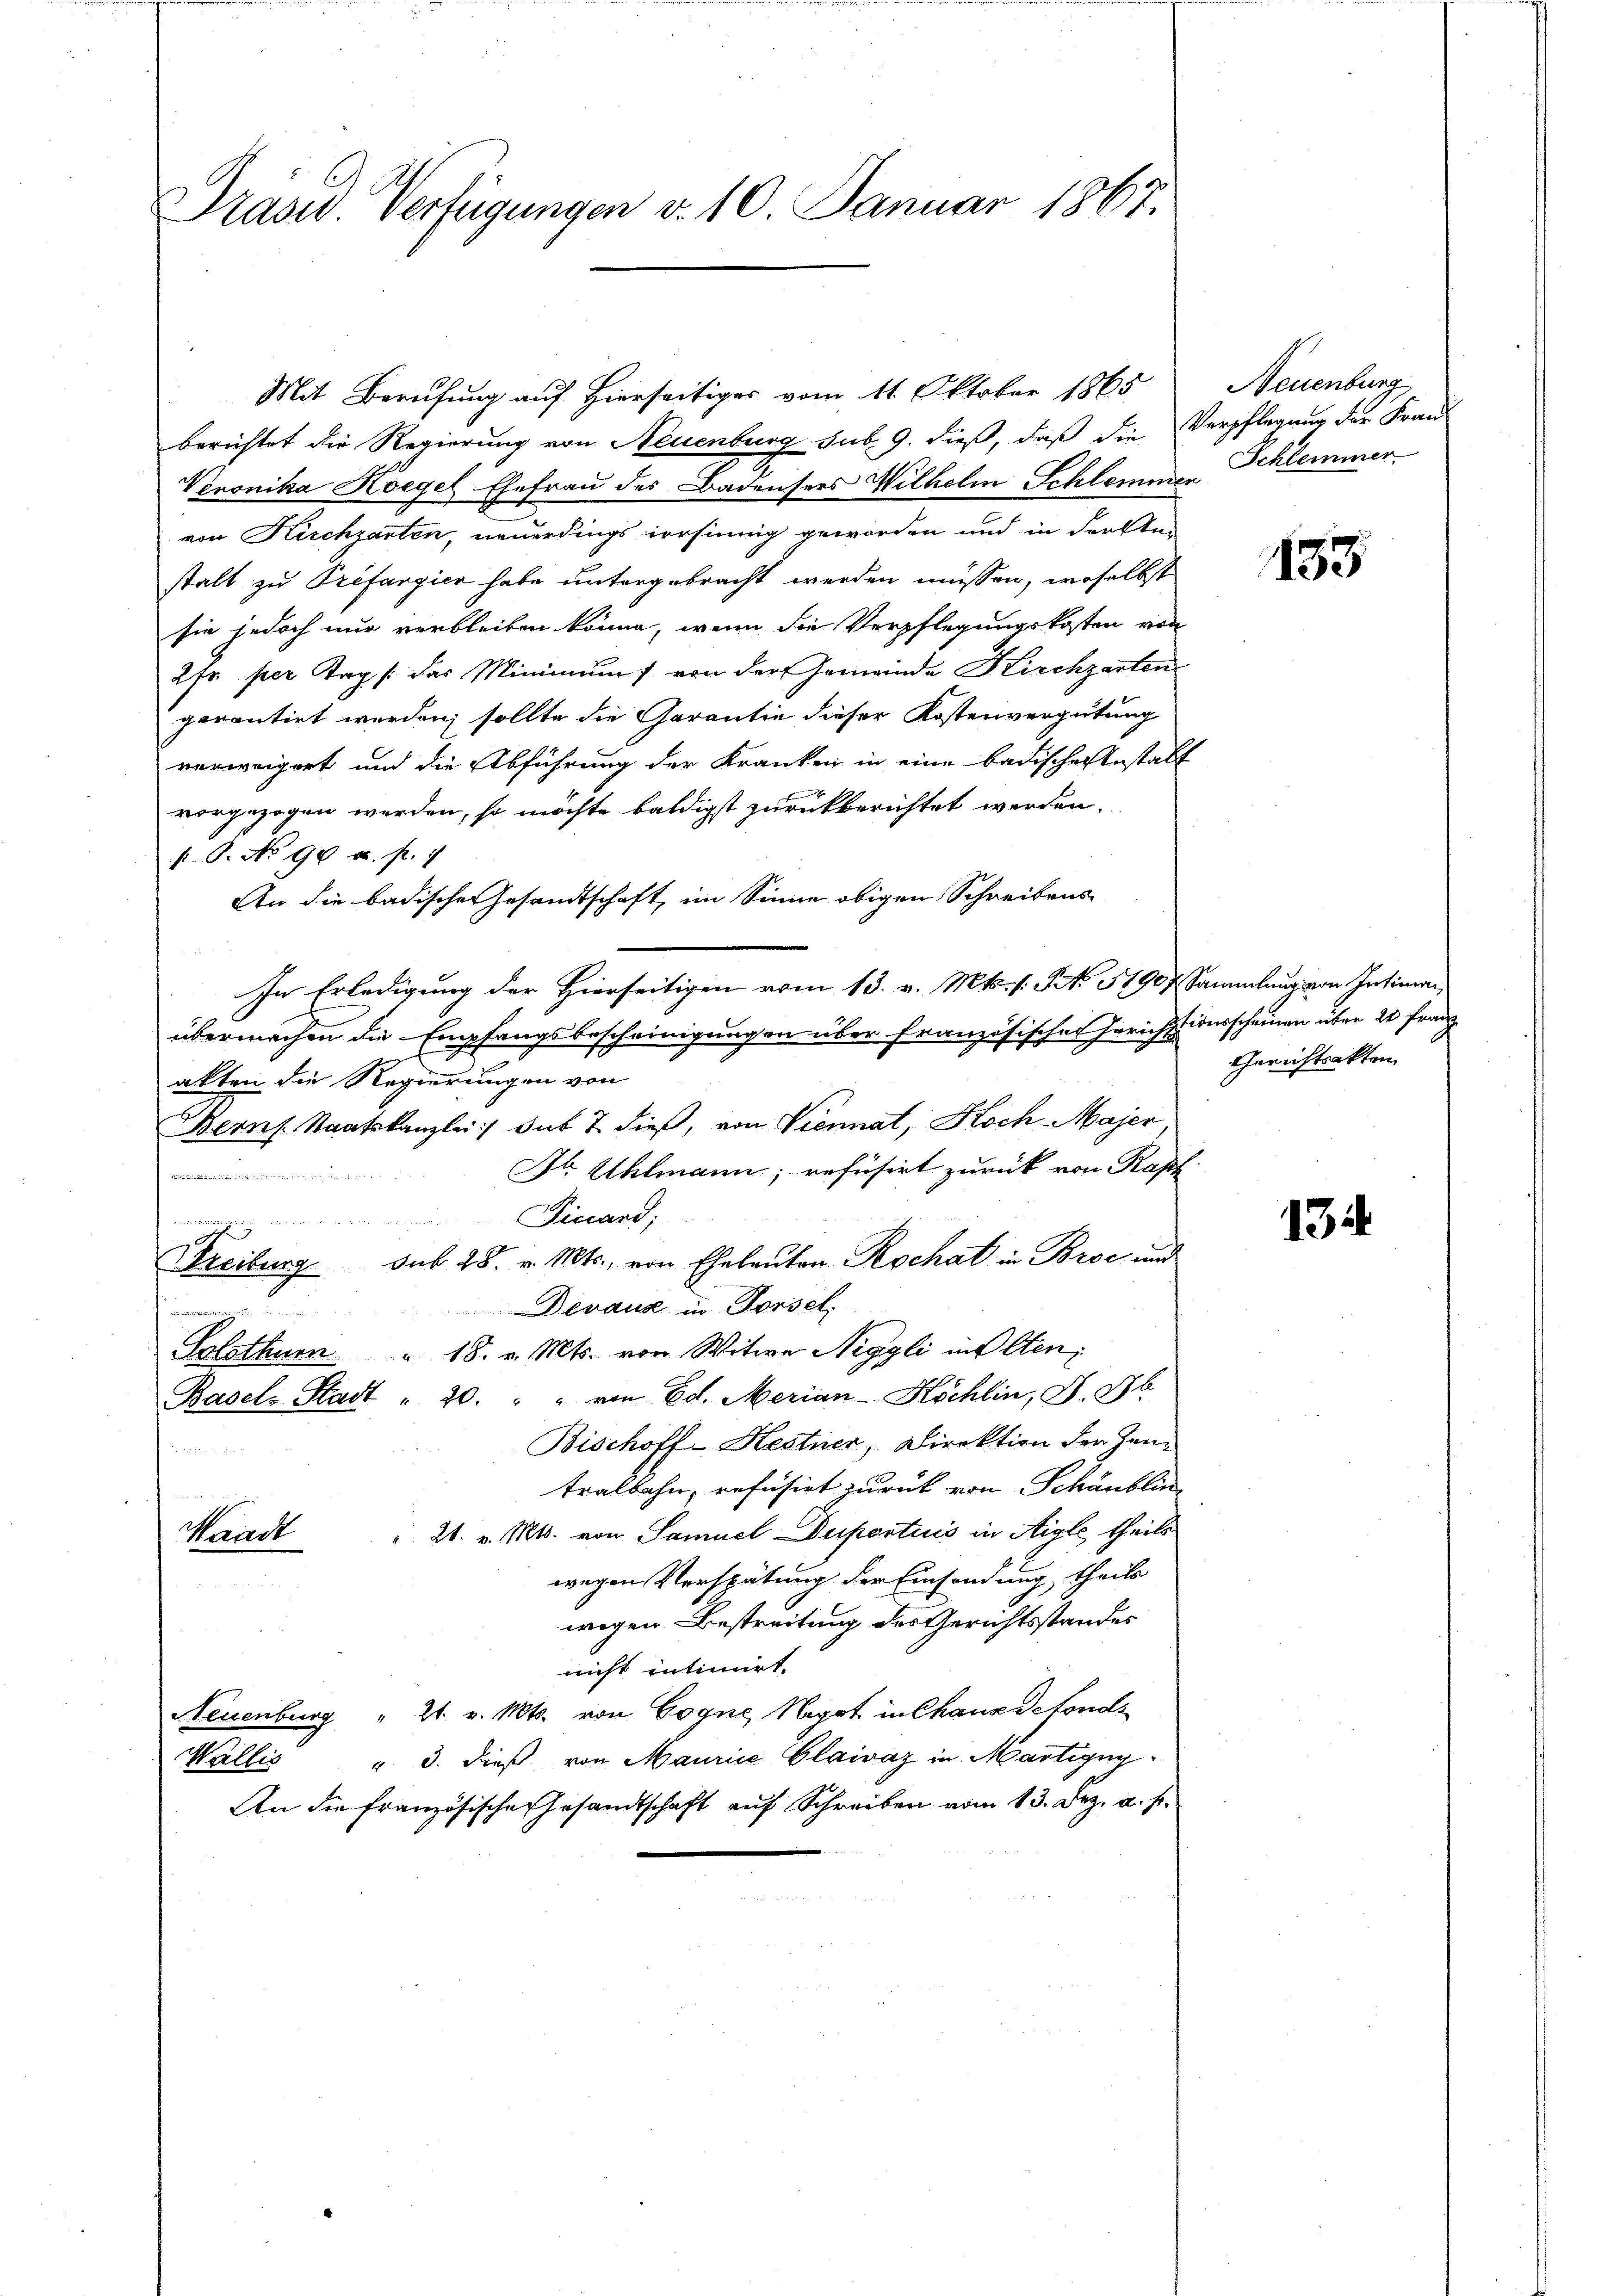
Prasw. Verfügungen v. 10. Januar 1867.

Mit Berufung auf Hierseitiges vom 11. Oktober 1865
berichtet die Regierung von Neuenburg sub. 9. dieß, daß die Verpflegung der Frau
Veronika Koegel Ehefrau des Badensers Wilhelm Schlammer Schlemmer
von Kirchgarten, neuerdings irrsinnig geworden und in derste-
stalt zu Préfargier habe untergebracht werden müssen, woselbst
sie jedoch nur verbleiben könne, wenn die Verpflegungskosten von
2fr. per Tag /: das Minimum von der Gemeinde Kirchzarten
perontirt werden, sollte die Garantie dieser Kostenvergütung
verweigert und die Abführung der Kranken in eine badischer Testalt
vorgezogen werden, so möchte baldigst zurückberichtet werden.
An die badischer Gesandtschaft, im Sinne obigen Schreibens
In Erledigung der Hierseitigen vom 13. v. Mts. /: No 51907 Sammlung von Intiman
übermachen die Empfangsbescheinigungen über französischer Errichstionsscheinen über 20 Franz
akten die Regierungen von
Berns. Staatskanzlei:/ sub 7. dieß, von Viennat, Koch Majer
Dr Uhlmann; refusirt zurück von Raph
B einen in die in den
r
Finand;
d
reiburg sub 28. v. Mts., von Eheleuten Rochat in Broc und
Devaux in Forsel
wenigen in
Solothurn " 18. v. Mts. von Witwe Niggli in Olten,
Basel-Stadt " 20. " " von Ed. Merian-Köchlin, S. 96.
Bischoff-Kestner, Direktion der Zentralbahn, refusirt zurück von Schäublin
 21. v. Mts. von Samuel Duportiis in Aigle theils
Waad
wegen Verspätung der Einsendung theils
wegen Bestreitung des Gerichtsstandes
nicht intimirt.
Neuenburg " 21. v. Mts. von Gogne, Negot in Chanze Fonds
" 3. dieß von Maurice Claivaz in Martigny
Wallis
An die französische Gesandtschaft auf Schreiben vom 13. Dez. a. p.

O. No 98 a. p. 1

Neuenburg

133

Gerichtsakten

134